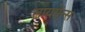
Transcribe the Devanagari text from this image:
लायसेंन्स